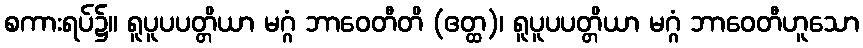
စကားရပ်၌။ ရူပူပပတ္တိယာ မဂ္ဂံ ဘာဝေတီတိ (ဧတ္ထ)၊ ရူပူပပတ္တိယာ မဂ္ဂံ ဘာဝေတီဟူသော